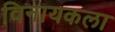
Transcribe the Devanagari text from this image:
विनायकला